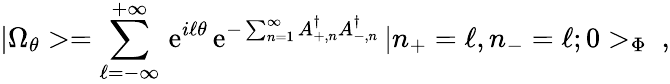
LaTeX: |\Omega_{\theta}>=\sum_{\ell=-\infty}^{+\infty}\, \mathrm{e}^{i\ell\theta}\, \mathrm{e}^{-\sum_{n=1}^{\infty}A_{+,n}^{\dagger}A_{-,n}^{\dagger}}\, |n_{+}=\ell,n_{-}=\ell;0>_{\Phi}\ ,